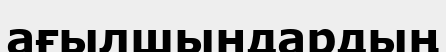
ағылшындардың